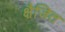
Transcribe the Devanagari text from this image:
क्षैजित